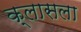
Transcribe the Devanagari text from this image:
क्लासला